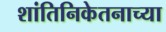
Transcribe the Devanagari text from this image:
शांतिनिकेतनाच्या